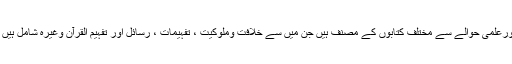
اورعلمی حوالے سے مختلف کتابوں کے مصنف ہیں جن میں سے خلافت وملوکیت ، تفہیمات ، رسائل اور تفہیم القرآن وغیرہ شامل ہیں ۔